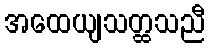
အထေယျသတ္ထသညီ